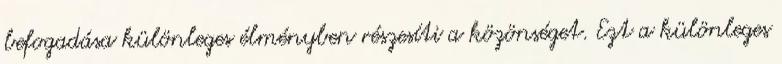
befogadása különleges élményben részesíti a közönséget. Ezt a különleges